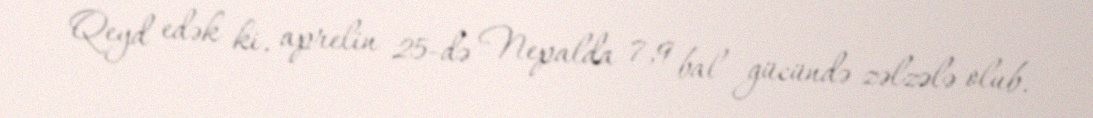
Qeyd edək ki, aprelin 25-də Nepalda 7,9 bal gücündə zəlzələ olub.